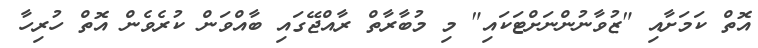
އޮތް ކަމަށާއި "ޒުވާނުންނަށްޓަކައި" މި މުބާރާތް ރާއްޖޭގައި ބާއްވަން ކުރެވެން އޮތް ހުރިހާ